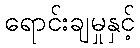
ရောင်းချမှုနှင့်